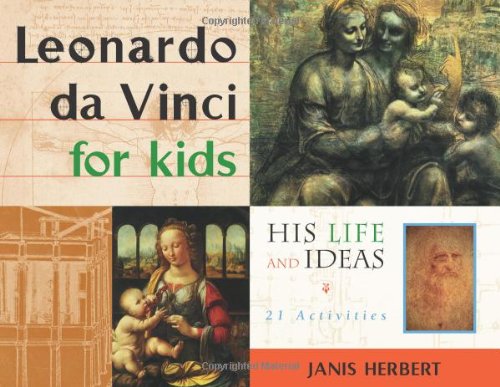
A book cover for Leonardo da Vinci for Kids: His Life and Ideas, 21 Activities (For Kids series); Janis Herbert; Arts & Photography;